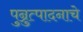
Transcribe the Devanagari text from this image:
पुन्रुत्पादनाचे